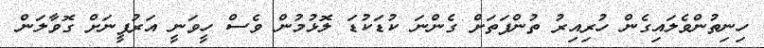
ހިނިތުންވެލައިގެން ހުރިއިރު ތުންފަތަށް ގެންނަ ކުޑަކުޑަ ލޮޅުމުން ވެސް ހީވަނީ އަރުފީނަށް ގޮވާލަން